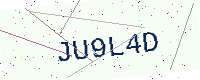
Text: JU9L4D